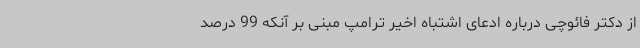
از دکتر فائوچی درباره ادعای اشتباه اخیر ترامپ مبنی بر آنکه 99 درصد